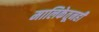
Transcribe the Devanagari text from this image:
मालिकेतूनही